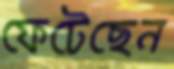
ফেটেছেন